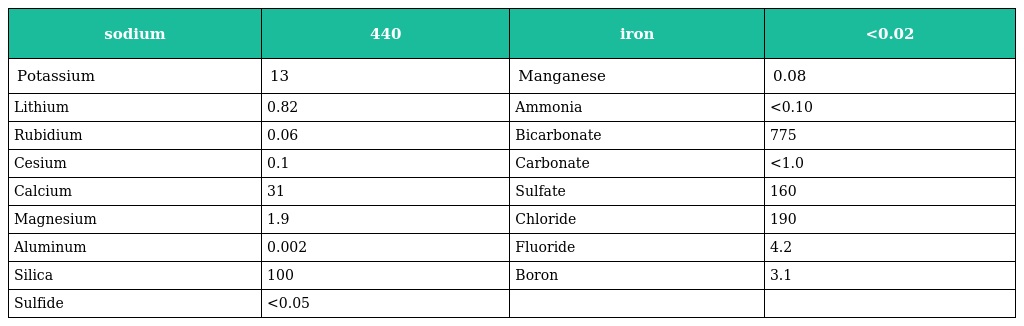
| sodium | 440 | iron | <0.02 |
 | --- | --- | --- | --- |
 | Potassium | 13 | Manganese | 0.08 |
 | Lithium | 0.82 | Ammonia | <0.10 |
 | Rubidium | 0.06 | Bicarbonate | 775 |
 | Cesium | 0.1 | Carbonate | <1.0 |
 | Calcium | 31 | Sulfate | 160 |
 | Magnesium | 1.9 | Chloride | 190 |
 | Aluminum | 0.002 | Fluoride | 4.2 |
 | Silica | 100 | Boron | 3.1 |
 | Sulfide | <0.05 |  |  |